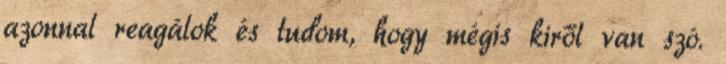
azonnal reagálok és tudom, hogy mégis kiről van szó.